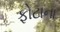
ફોટાના